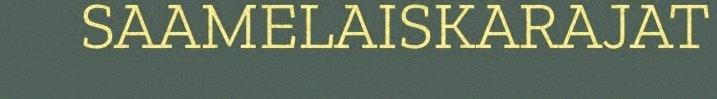
SAAMELAISKÄRÄJÄT